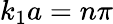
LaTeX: k_{1}a=n\pi